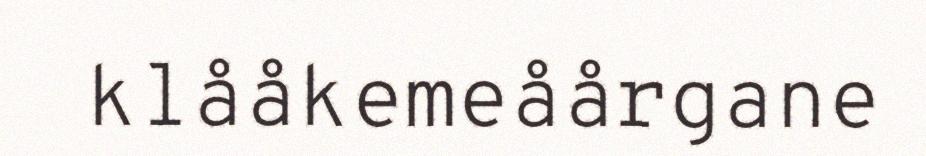
klååkemeåårgane